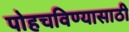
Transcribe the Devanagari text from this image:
पोहचविण्यासाठी